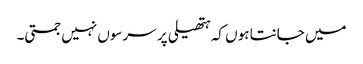
میں جانتا ہوں کہ ہتھیلی پر سرسوں نہیں جمتی۔